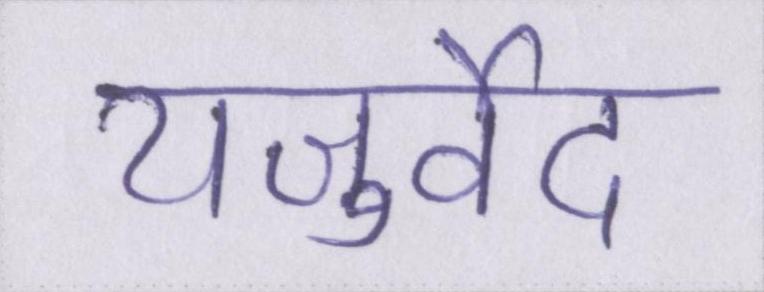
यजुर्वेद